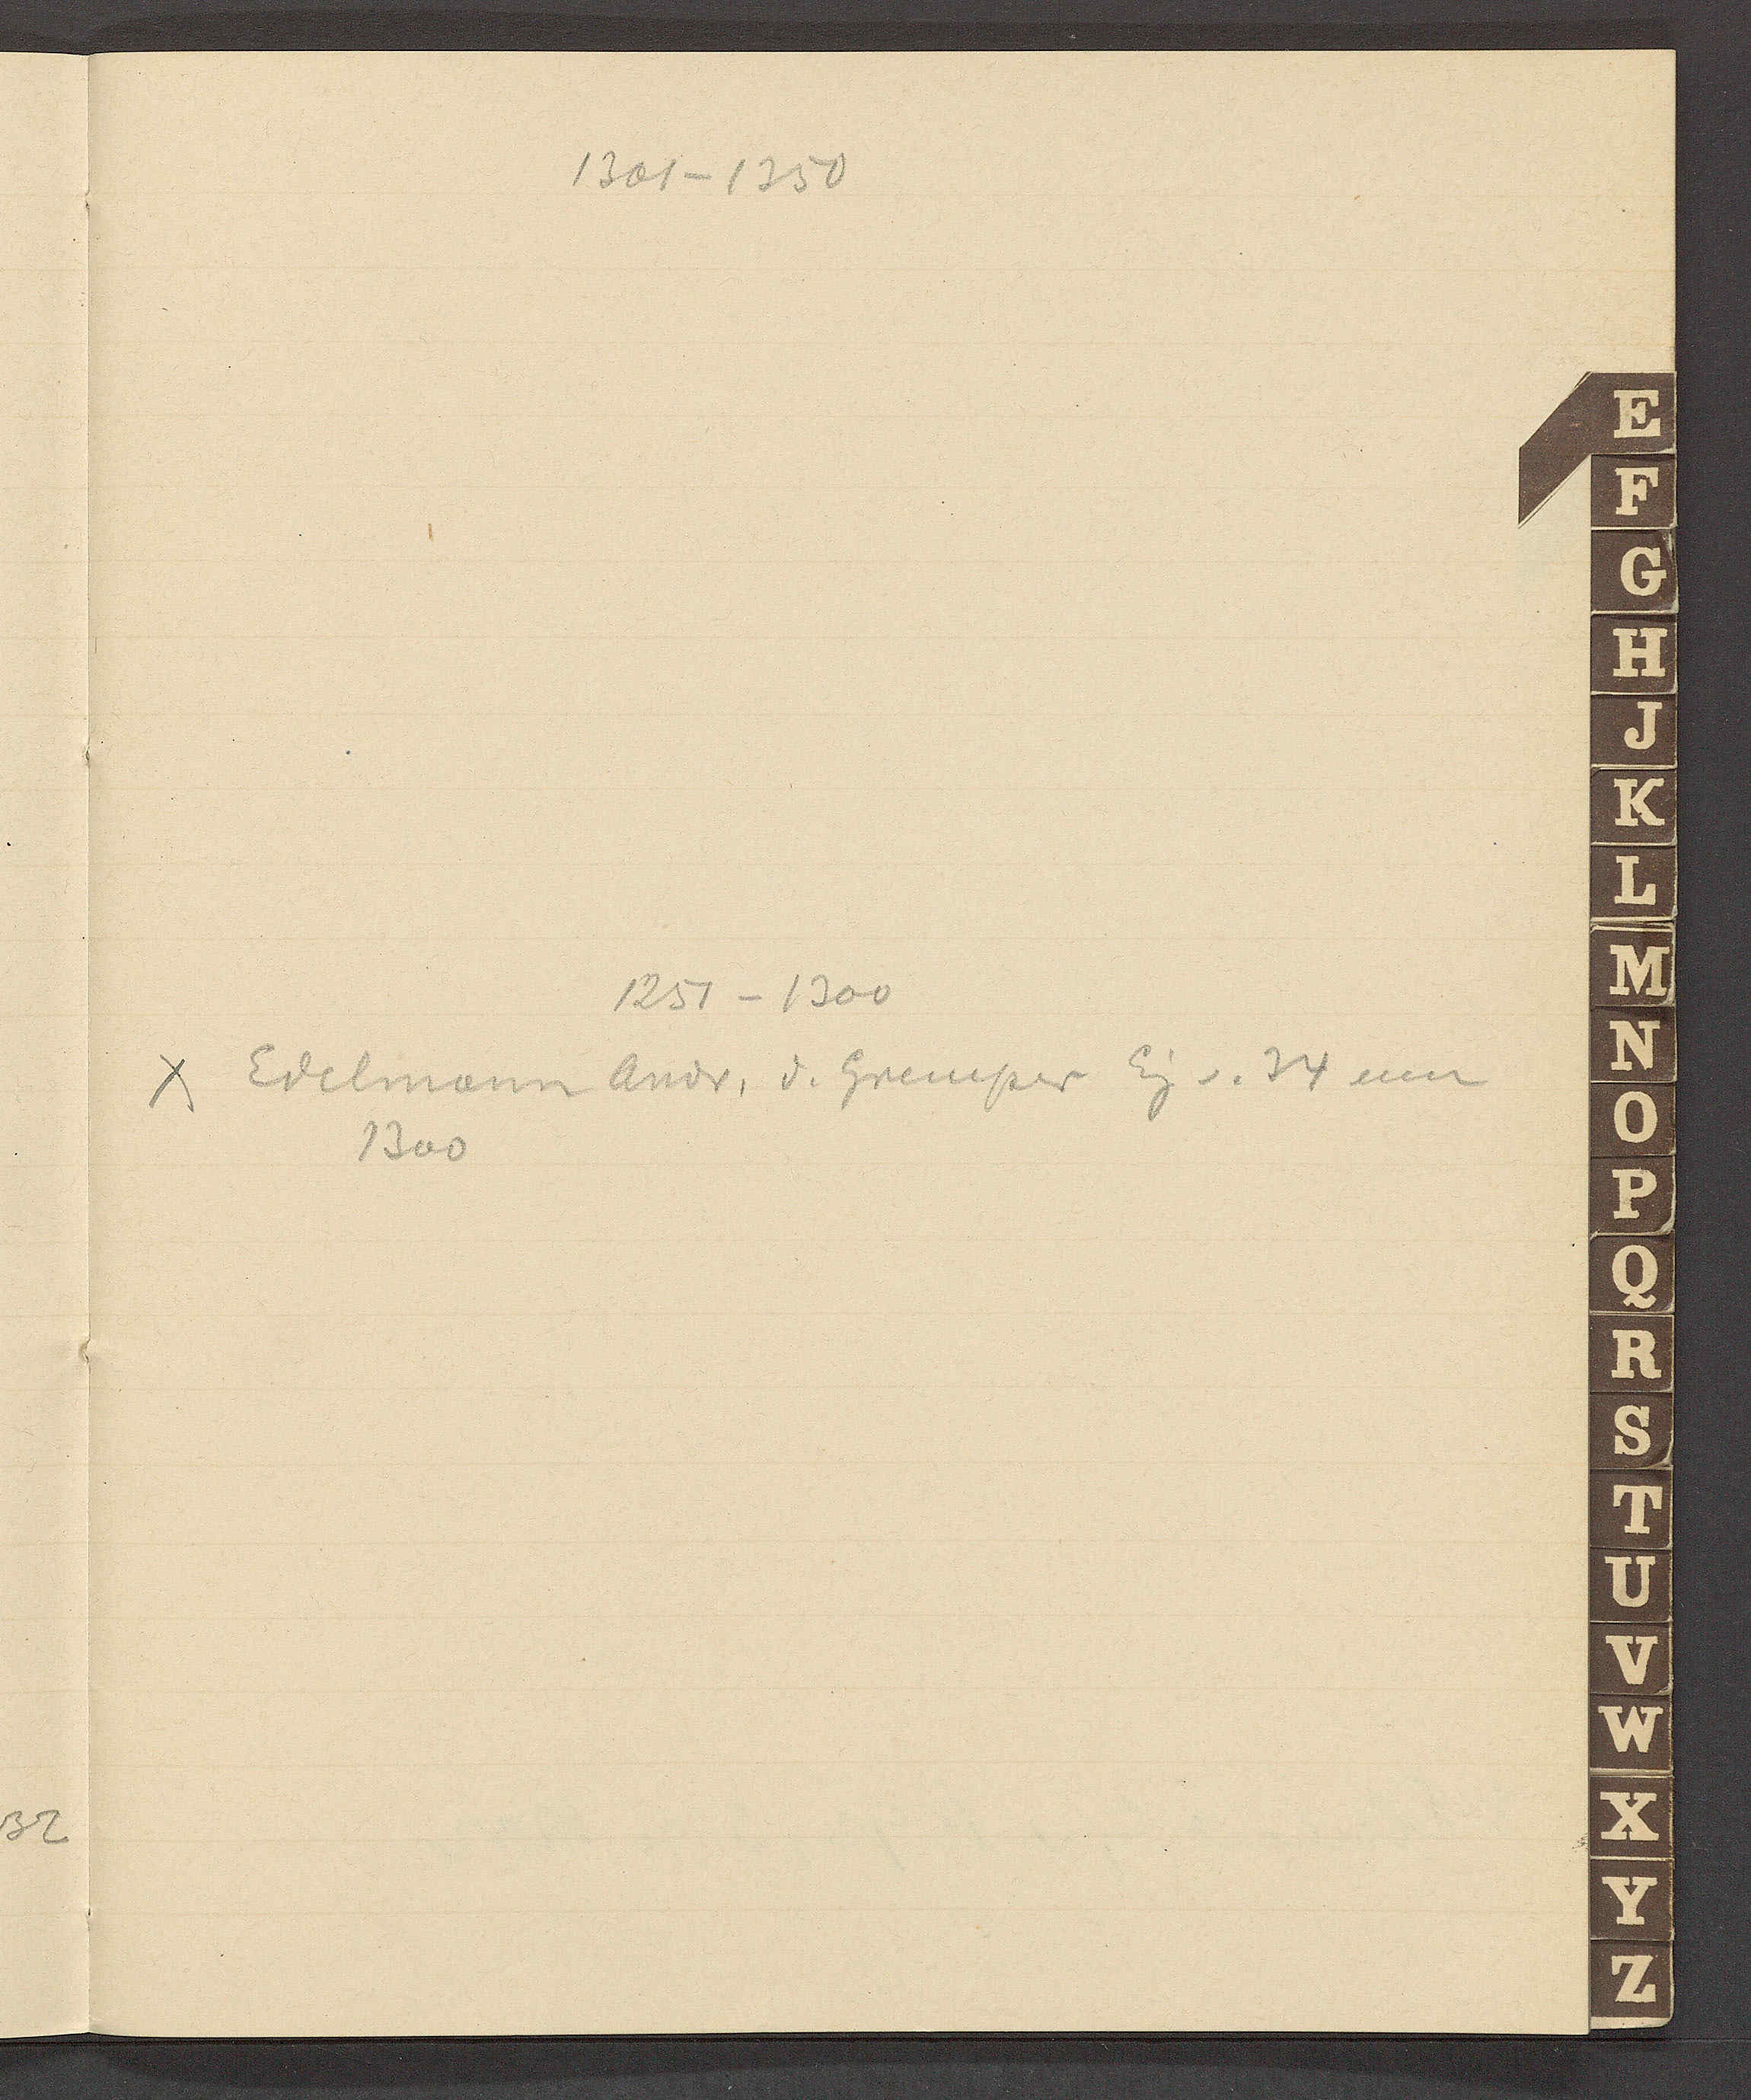
Transcript:
1301 – 1350
1251 – 1300
Edelmann Andr. d. Gremper Eig v. 34 um
1300